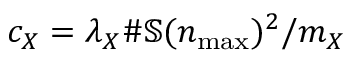
c _ { X } = \lambda _ { X } \# \mathbb { S } ( n _ { \operatorname* { m a x } } ) ^ { 2 } / m _ { X }